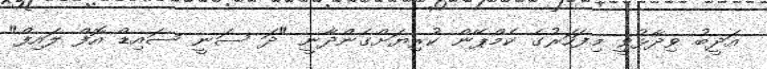
އަދީބު ވިދާޅުވީ މިފަހަރުގެ ކެމްޕޭން ކުރިޔަށްގެންދާނީ "ދަ ސަނީ ސައިޑް އޮފް ލައިފް"